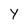
Character: Y